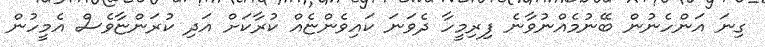
ގިނަ އަންހެނުން ބޭނުމެއްނުވާނެ ފިރިމީހާ ދެވަނަ ކައިވެންޏެއް ކުރާކަށް އަދި ކުރަންޏާވެސް އެމީހުން